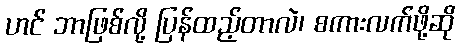
ဟင် ဘာဖြစ်လို့ ပြန်ထည့်တာလဲ၊ စကားလက်ဖို့ဆို